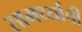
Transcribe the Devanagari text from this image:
सामर्थ्याची